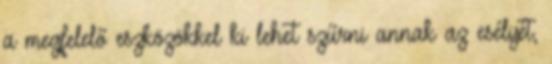
a megfelelő eszközökkel ki lehet szűrni annak az esélyét,